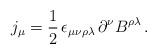
LaTeX: \begin{align*}j_\mu=\frac{1}{2}\,\epsilon_{\mu\nu\rho\lambda}\,\partial^\nu B^{\rho\lambda}\,.\end{align*}